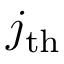
j _ { \mathrm { t h } }